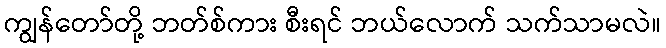
ကျွန်တော်တို့ ဘတ်စ်ကား စီးရင် ဘယ်လောက် သက်သာမလဲ။